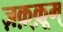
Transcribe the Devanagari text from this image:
ज़क़्क़ूम्